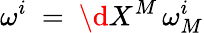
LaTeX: \omega^{i}\ =\ \d X^{M}\, \omega_{M}^{i}